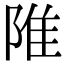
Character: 陮